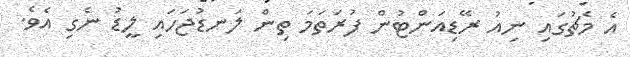
އެ މެޗުގައި ނިއު ރޭޑިއަންޓުން ފުރަތަމަ ތިން ލަނޑުޖަހައި ލީޑު ނެގި އެވެ.